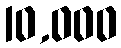
10,000